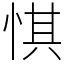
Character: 㥍